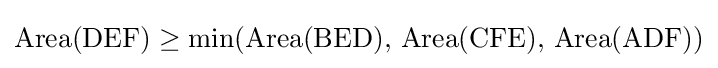
{\text{Area(DEF)}}\geq \min({\text{Area(BED), Area(CFE), Area(ADF)}})